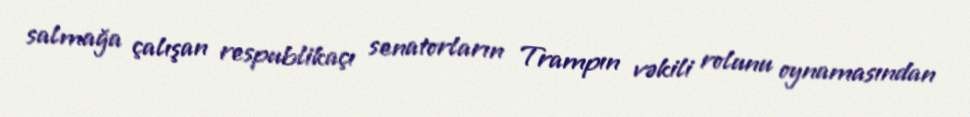
salmağa çalışan respublikaçı senatorların Trampın vəkili rolunu oynamasından